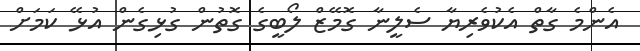
އެންމެ ގާތް އެކުވެރިޔާ ސެލީނާ ގޮމޭޒް ލޯބީގެ ގޮތުން ގުޅިގެން އުޅޭ ކަމަށް